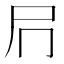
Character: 𭕔